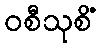
ဝစီသုစိံ